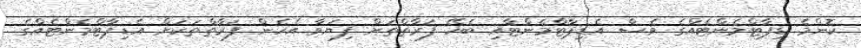
ކޮންމެ ޑިޕާޓްމެންޓެއްގެ ވެސް އެޑިޕާޓްމެންޓާއި ބެހޭ ފަރާތްތަށް ފިޔަވާ އެހެން ފަރާތްތަކަށް އެޑިޕާޓްމެންޓެއްގެ